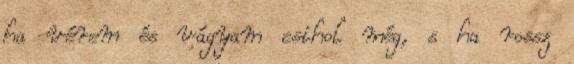
ha vérem és vágyam csihol még, s ha rossz